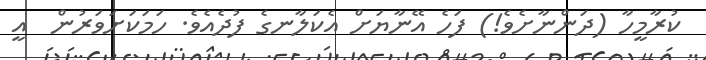
ކުރާމީހާ (ދަންނާށެވެ!) ފަހެ އޭނާޔަށް އެކަލާނގެ ފުދެއެވެ. ހަމަކަށަވަރުން  އީ